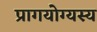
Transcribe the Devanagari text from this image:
प्रागयोग्यस्य